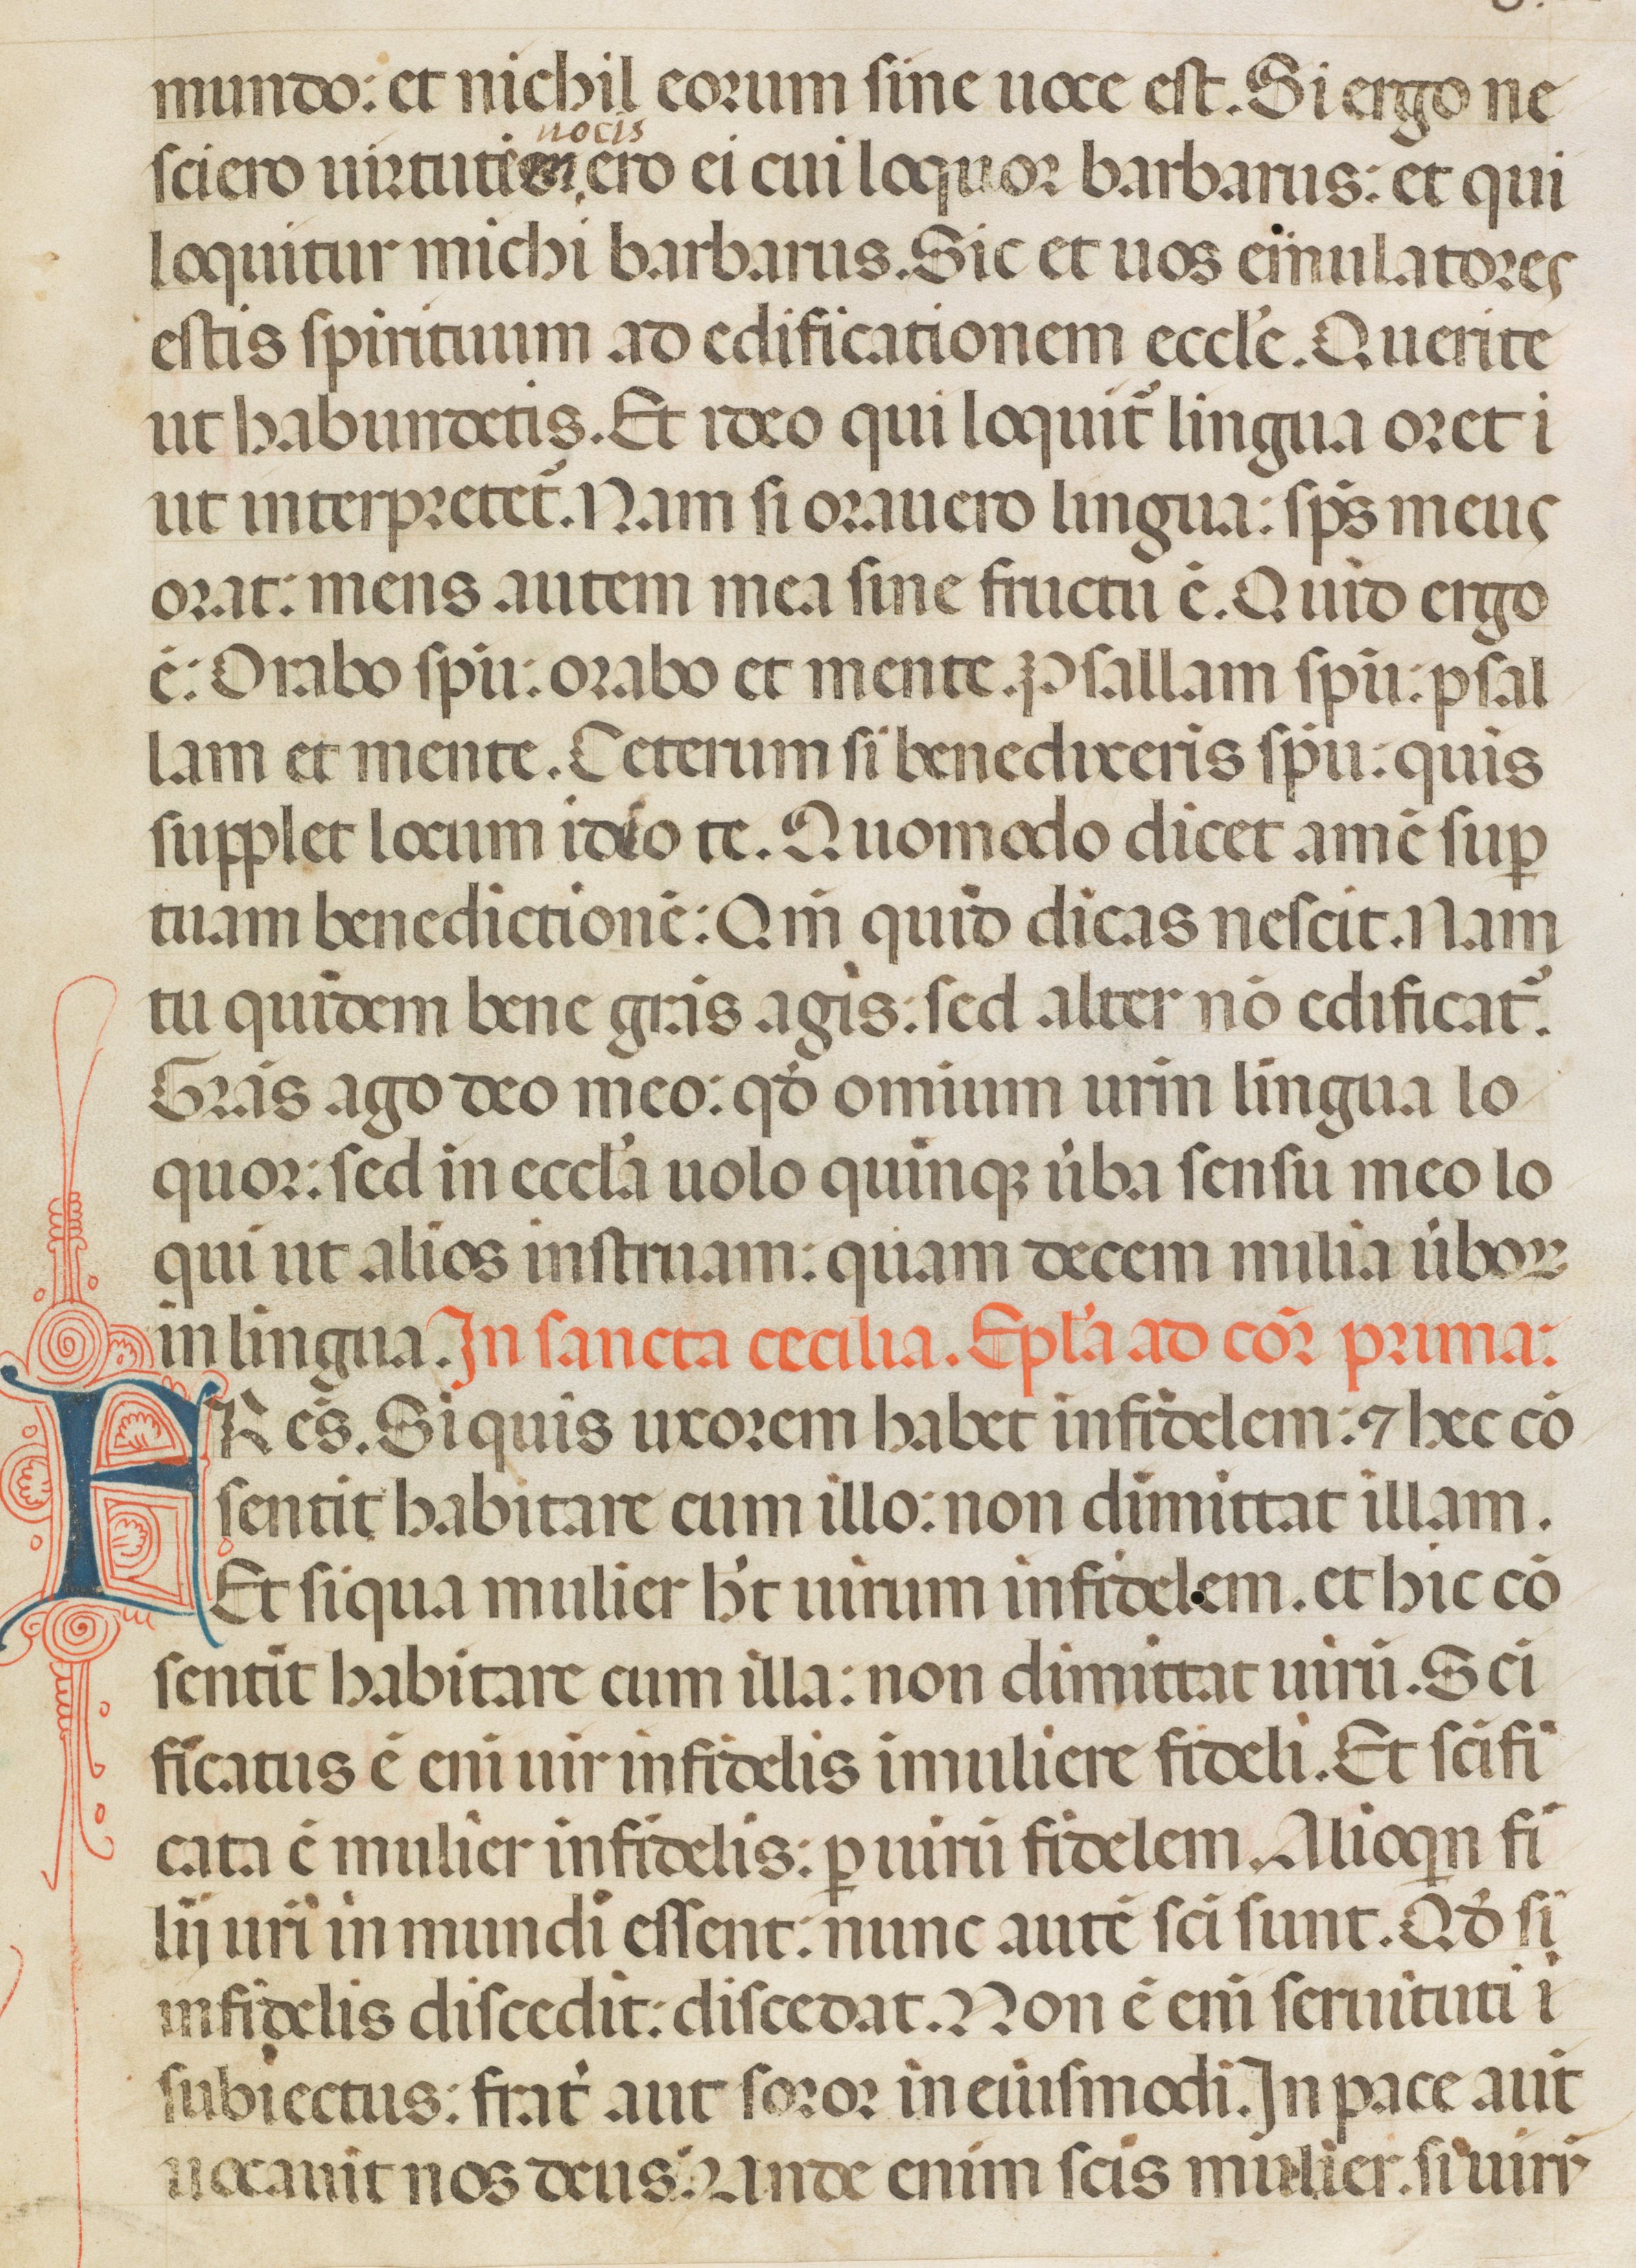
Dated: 1342–1342